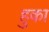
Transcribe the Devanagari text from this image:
हुका